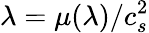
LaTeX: \lambda=\mu(\lambda)/c_{s}^{2}